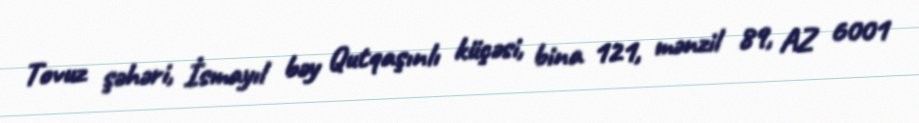
Tovuz şəhəri, İsmayıl bəy Qutqaşınlı küçəsi, bina 121, mənzil 89, AZ 6001